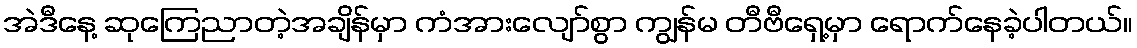
အဲဒီနေ့ ဆုကြေညာတဲ့အချိန်မှာ ကံအားလျော်စွာ ကျွန်မ တီဗီရှေ့မှာ ရောက်နေခဲ့ပါတယ်။